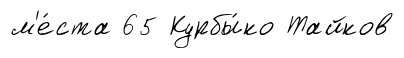
м'е́ста 65 Курбы́ко Тайков